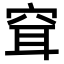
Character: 𥥯